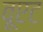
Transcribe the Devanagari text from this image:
वूएट